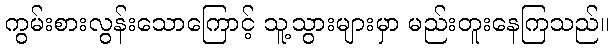
ကွမ်းစားလွန်းသောကြောင့် သူ့သွားများမှာ မည်းတူးနေကြသည်။